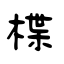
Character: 楪